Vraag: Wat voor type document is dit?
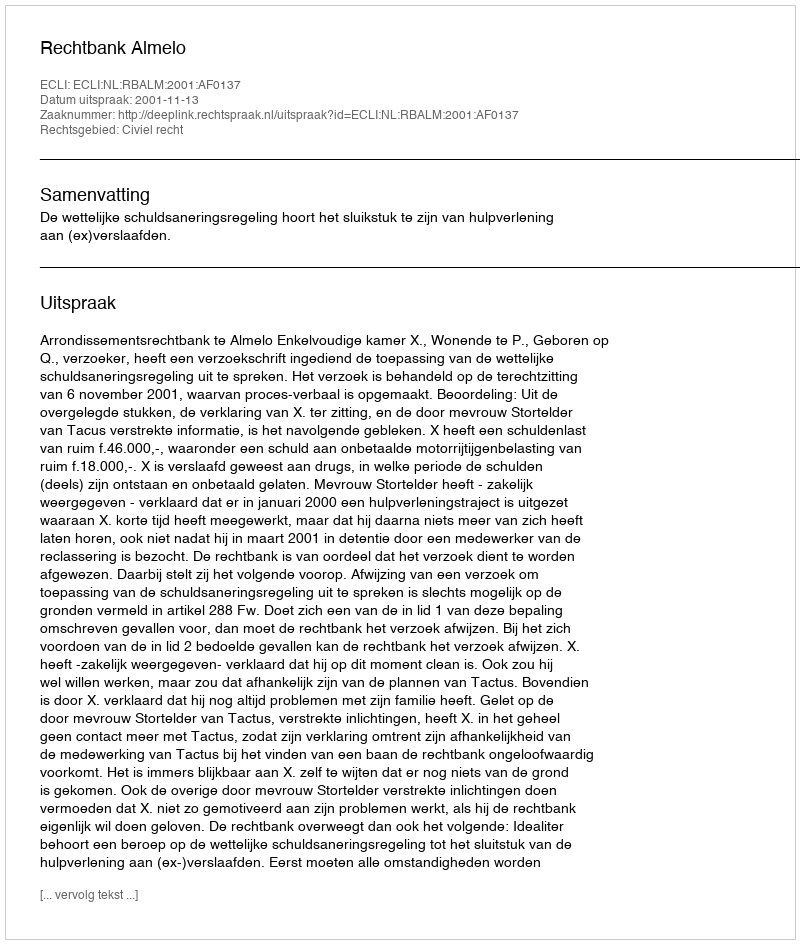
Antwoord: Uitspraak